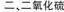
二、二氧化硫